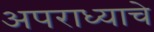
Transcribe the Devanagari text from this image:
अपराध्याचे